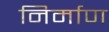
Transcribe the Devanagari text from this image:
निर्माण्‍ा